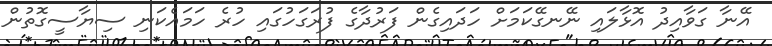
އޭނާ ގަވާއިދު އޮޅާލައި ނޭނގޭކަމަށް ހަދައިގެން ފަރުދާގެ ފުރަގަހުގައި ހުރެ ހަމައެކަނި ސިޔާސީގޮތުން